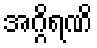
အဂ္ဂိရဏိ